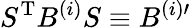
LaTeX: S^{\mathrm{T}}B^{(i)}S\equiv B^{(i)\prime}